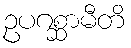
ဥပဂစ္ဆာမီတိ